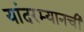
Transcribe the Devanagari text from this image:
यांदरम्यानची